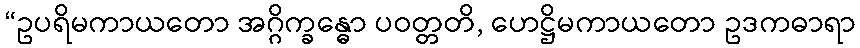
“ဥပရိမကာယတော အဂ္ဂိက္ခန္ဓော ပဝတ္တတိ, ဟေဋ္ဌိမကာယတော ဥဒကဓာရာ